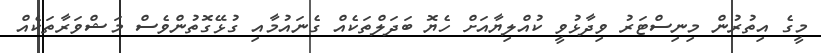
މީގެ އިތުރުން މިނިސްޓަރު ވިދާޅުވީ ކުއްލިޔާއަށް ހެޔޮ ބަދަލްތަކެއް ގެނައުމާއި ގުޅޭގޮތުންވެސް މަޝްވަރާތަކެއް